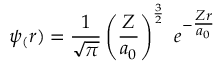
\psi _ { ( } r ) = { \frac { 1 } { \sqrt { \pi } } } \left( { \frac { Z } { a _ { 0 } } } \right) ^ { \frac { 3 } { 2 } } \ e ^ { - { \textstyle { \frac { Z r } { a _ { 0 } } } } }